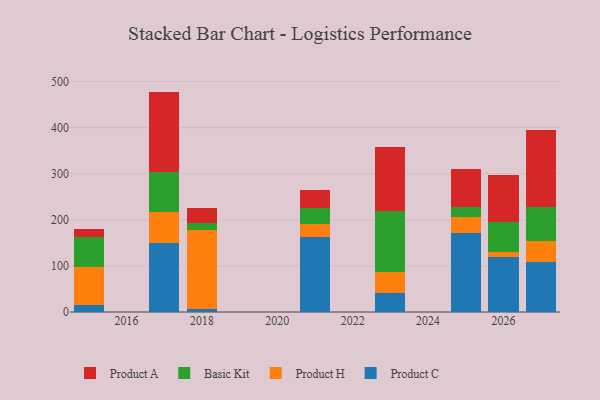
{"axis": {"x": "Year", "y": "Population (Million)"}, "legend": ["Basic Kit", "Product A", "Product C", "Product H"], "data": [{"x": "2017", "y": 150.4, "type": "Product C"}, {"x": "2017", "y": 67.1, "type": "Product H"}, {"x": "2017", "y": 86.0, "type": "Basic Kit"}, {"x": "2017", "y": 174.4, "type": "Product A"}, {"x": "2026", "y": 120.3, "type": "Product C"}, {"x": "2026", "y": 9.6, "type": "Product H"}, {"x": "2026", "y": 64.7, "type": "Basic Kit"}, {"x": "2026", "y": 101.8, "type": "Product A"}, {"x": "2021", "y": 162.4, "type": "Product C"}, {"x": "2021", "y": 28.9, "type": "Product H"}, {"x": "2021", "y": 33.5, "type": "Basic Kit"}, {"x": "2021", "y": 40.3, "type": "Product A"}, {"x": "2025", "y": 171.2, "type": "Product C"}, {"x": "2025", "y": 35.3, "type": "Product H"}, {"x": "2025", "y": 20.8, "type": "Basic Kit"}, {"x": "2025", "y": 83.1, "type": "Product A"}, {"x": "2018", "y": 6.4, "type": "Product C"}, {"x": "2018", "y": 170.8, "type": "Product H"}, {"x": "2018", "y": 15.4, "type": "Basic Kit"}, {"x": "2018", "y": 33.8, "type": "Product A"}, {"x": "2027", "y": 108.7, "type": "Product C"}, {"x": "2027", "y": 45.2, "type": "Product H"}, {"x": "2027", "y": 74.2, "type": "Basic Kit"}, {"x": "2027", "y": 166.2, "type": "Product A"}, {"x": "2023", "y": 42.0, "type": "Product C"}, {"x": "2023", "y": 44.0, "type": "Product H"}, {"x": "2023", "y": 132.6, "type": "Basic Kit"}, {"x": "2023", "y": 138.8, "type": "Product A"}, {"x": "2015", "y": 14.3, "type": "Product C"}, {"x": "2015", "y": 84.2, "type": "Product H"}, {"x": "2015", "y": 65.2, "type": "Basic Kit"}, {"x": "2015", "y": 15.5, "type": "Product A"}]}